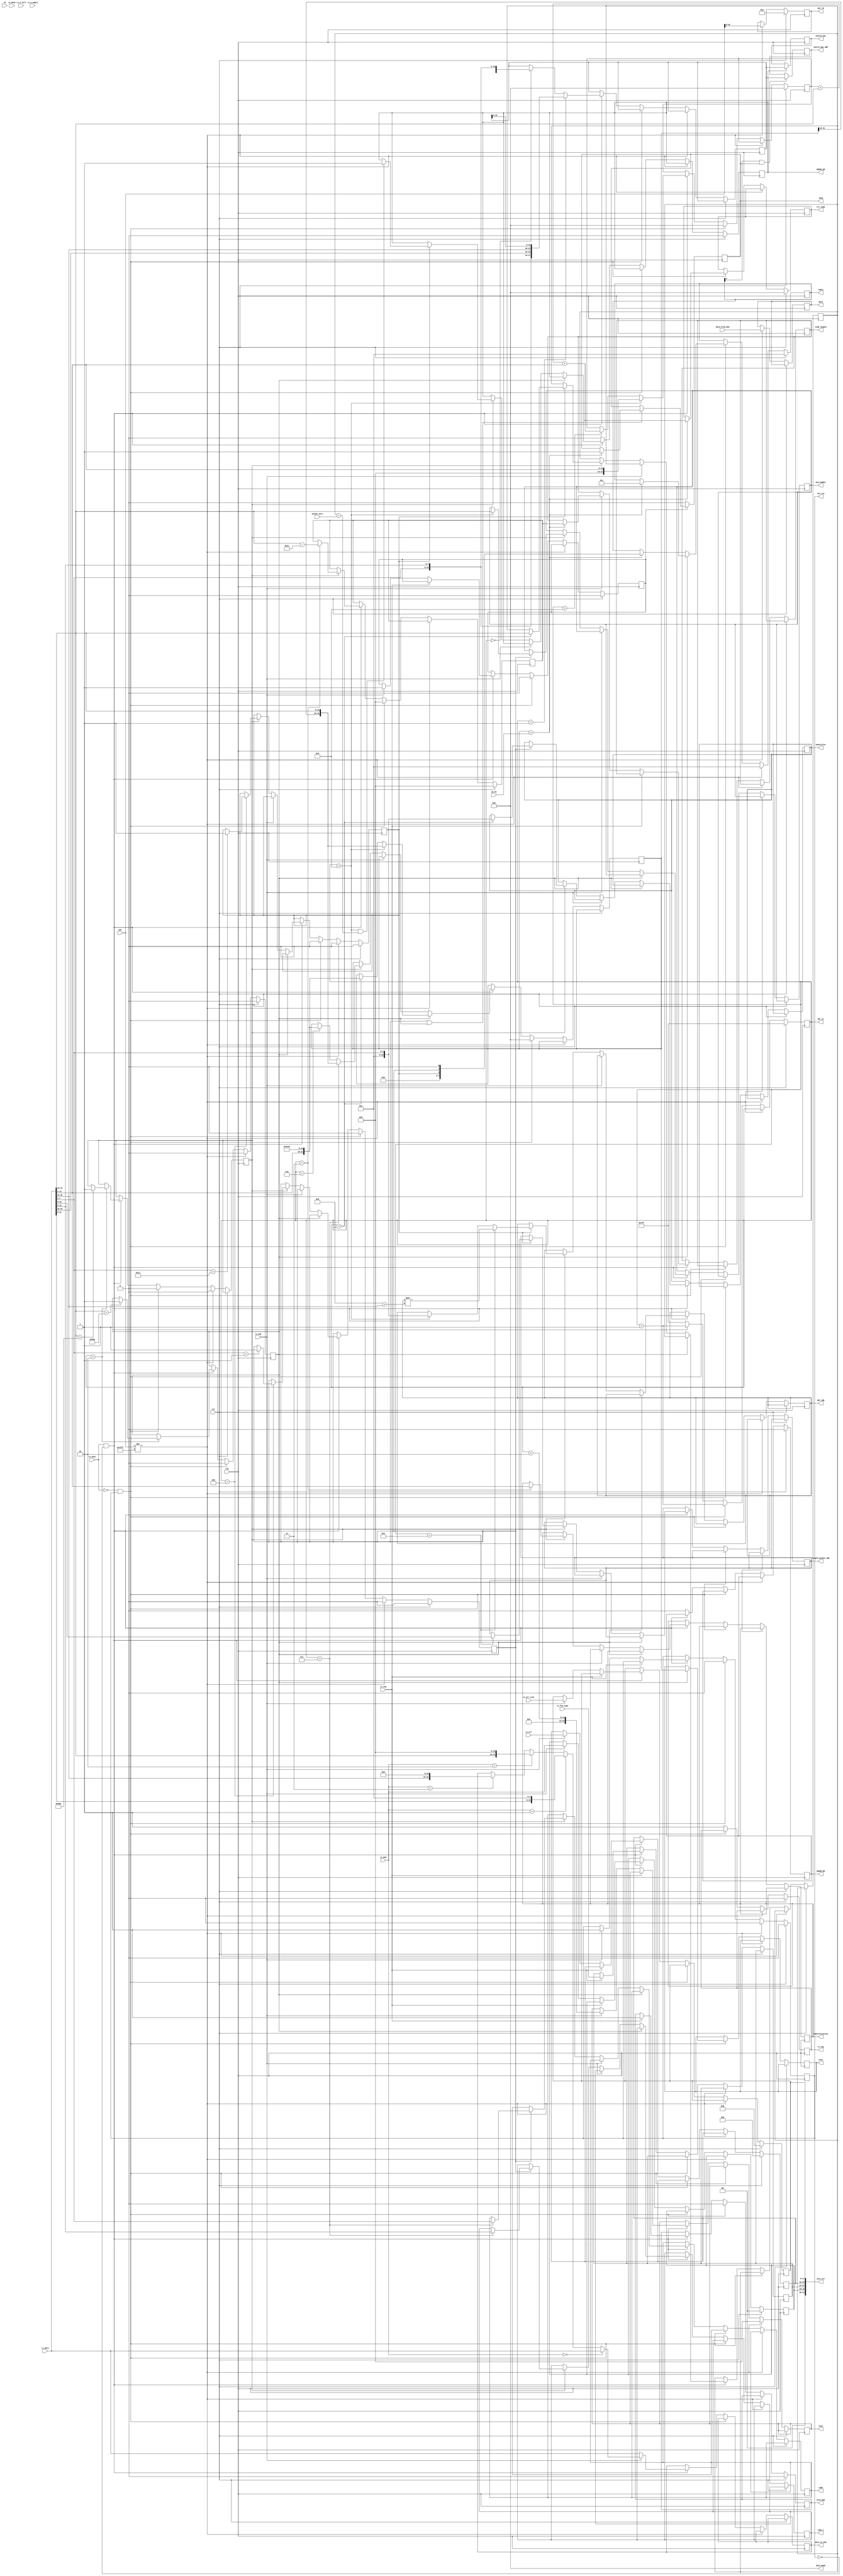
//-----------------------------------------------------------------------------
//
// Title       : udp_reciver
// Design      : list
// Company     : Microsoft
//
//-----------------------------------------------------------------------------
//
// Generated   : Tue Feb 12 16:40:35 2019
// From        : interface description file
// By          : Itf2Vhdl ver. 1.22
//
//-----------------------------------------------------------------------------
//
// Description : 
//
//-----------------------------------------------------------------------------
`timescale 1 ns / 1 ps

//{{ Section below this comment is automatically maintained
//   and may be overwritten
//{module {udp_reciver}}
module udp_reciver ( clk ,rx_data ,rx_sop ,rx_eop ,rx_rdy ,
	rx_dval ,rx_dsav ,rx_err ,rx_err_stat,rx_frm_type ,
	rx_mod ,rx_a_full ,rx_a_empty ,adr ,data ,rd ,rst,adr_wr,adr_rd,int_rsv,data_to_mem,data_from_mem,
	stat_err,wren_mem,size,send,source_mac_ARP,source_mac,test,reply,type_i,code,identifier,seq_number,identification,ip_my,
	adr_udp,length_packet_udp,SDRAM_WR,SDRAM_RD,data_mem2,crc_icmp,icmp_length,socket_port);
 
//------SPI block------------------------
output [15:0] size ;
wire [15:0] size ;

output [31:0] data ;
wire [31:0] data ;

output [31:0] stat_err ; //reg_rx_mod + reg_frm_type + reg_rcv_err + reg_err_stat
wire [31:0] stat_err ;

input [15:0] adr ;
wire [15:0] adr ; 

input rd ;
wire rd ; 

output int_rsv ;
wire int_rsv ; 

//--------------MEM block----------------
output [31:0] data_mem2 ;
wire [31:0] data_mem2 ;

output wren_mem ;
wire wren_mem ;

output [10:0] adr_wr ;
wire [10:0] adr_wr ;

output [10:0] adr_rd ;
wire [10:0] adr_rd ;

output [31:0] data_to_mem ;
wire [31:0] data_to_mem ; 

input [31:0] data_from_mem ;
wire [31:0] data_from_mem ;	 

//--------------------------------------
input  [15:0] socket_port;
wire   [15:0] socket_port;

output [15:0] icmp_length;
output [31:0] crc_icmp;

input [31:0] ip_my;
wire [31:0] ip_my;

output [15:0] identification ;
wire [15:0] identification ;

output [7:0] reply ;
wire [7:0] reply ;

output [7:0] type_i;
wire  [7:0] type_i;

output [7:0] code;
wire  [7:0] code;

output [15:0] identifier;
wire  [15:0] identifier;

output [15:0] seq_number;
wire  [15:0] seq_number;

input clk ;
wire clk ;	

output send ;
wire send ; 

output [47:0] source_mac_ARP ;
wire [47:0] source_mac_ARP ;

output [47:0] source_mac ;
wire [47:0] source_mac ;

output [31:0] test ;
wire [31:0] test ;

output rx_rdy ;	 //to MAC eth
wire rx_rdy ;
input [31:0] rx_data ;
wire [31:0] rx_data ;
input rx_sop ;
wire rx_sop ;
input rx_eop ;
wire rx_eop ; 
input rx_dval ;
wire rx_dval ;
input rx_dsav ;
wire rx_dsav ;
input [5:0] rx_err ;
wire [5:0] rx_err ;
input [17:0] rx_err_stat ;
wire [17:0] rx_err_stat ;
input [1:0] rx_mod ;
wire [1:0] rx_mod ;
input rx_a_full ;
wire rx_a_full ;
input rx_a_empty ;
wire rx_a_empty ; 
input [3:0] rx_frm_type;
wire [3:0] rx_frm_type;

input rst ;
wire rst ;

//---------UDP_control----------
output [15:0] adr_udp;
wire [15:0] adr_udp;

output [15:0] length_packet_udp;
wire [15:0] length_packet_udp;

output   SDRAM_WR;
wire   SDRAM_WR;

output   SDRAM_RD;
wire   SDRAM_RD;

//------------------------------

reg [7:0] reg_reply=0;

reg [15:0] adr_spi_sch=0; 
reg reg_rdy=0; 
reg	[10:0] adr_mem_wr_sch=0;
reg	[10:0] adr_mem_rd_sch=0; 

reg reg_wren_mem=0;
reg [31:0] reg_data_delay=0;
reg [31:0] reg_data_to_mem=0;
reg [31:0] reg_data_from_mem=0;	
reg [ 3:0] reg_frm_type=0;
reg [ 5:0] reg_rcv_err=0;
reg [17:0] reg_err_stat=0;
reg [ 1:0] reg_rx_mod=0;   
reg [15:0] reg_size=0;//  
reg INT_packet_RCV=0; 
reg [15:0] reg_frame_type=0;
reg [47:0] reg_source_mac =0;
reg [47:0] reg_source_mac2=0;
reg [47:0] reg_source_mac3=0;
reg FLAG_arp=0;
reg FLAG_ICMP=0;
reg FLAG_UDP=0;
reg [31:0] reg_test=0;
reg FLAG_UDP_header=0;
reg FLAG_send=0;
reg FLAG_IP_our=0;
reg [31:0] temp_dest_IP=0;
reg [31:0] reg_crc_icmp1=0;
reg [31:0] reg_crc_icmp2=0;

reg [7 :0] reg_type=0;
reg [7 :0] reg_code=0;
reg [15:0] reg_identifier;
reg [15:0] reg_seq_number; 
reg [15:0] reg_identification=0;
reg FLAG_END=0;
reg [15:0] source_port=0;
reg [15:0] destination_port=0;
reg [15:0] udp_length=0;
reg [15:0] udp_checksum=0;
reg [ 7:0] udp_sdram_wr_rd=0;
reg [15:0] udp_sdram_adr=0;
reg [15:0] udp_sdram_length=0;
reg FLAG_UDP_to_MEM=0;
reg FLAG_MEM_to_UDP=0;
reg [31:0] reg_data_mem2=0;
reg [15:0] reg_icmp_length1=0;
reg [15:0] reg_icmp_length2=0;


assign int_rsv    		=INT_packet_RCV;//          
assign wren_mem   		=reg_wren_mem;
assign adr_wr     		=adr_mem_wr_sch;
assign adr_rd     		=adr_mem_rd_sch;
assign data_to_mem 		=reg_data_to_mem;
assign data       		=reg_data_from_mem;
assign stat_err   		={2'b00,reg_rx_mod,reg_frm_type,reg_rcv_err,reg_err_stat};  
assign rx_rdy     		=reg_rdy;	
assign size       		=reg_size;
assign send       		=FLAG_send;
assign source_mac_ARP 	=reg_source_mac2;
assign source_mac 	 	=reg_source_mac3;
assign reply      		=reg_reply;
assign type_i     		=reg_type;
assign code       		=reg_code;
assign identifier 		=reg_identifier;
assign seq_number 		=reg_seq_number;
assign identification 	=reg_identification;
assign test          	=reg_test;

//-----
assign adr_udp=udp_sdram_adr;//      
assign length_packet_udp=udp_sdram_length;//     
assign SDRAM_WR = FLAG_UDP_to_MEM;//             
assign SDRAM_RD = FLAG_MEM_to_UDP;//        UDP (  )
assign data_mem2= reg_data_mem2;//      ,  UDP 
assign crc_icmp=reg_crc_icmp2;
assign icmp_length=reg_icmp_length2;//reg_icmp_length2

always @(posedge clk) if ((reg_reply[0]==1)&&(FLAG_send)) 	reg_source_mac2<=reg_source_mac;//    ARP !!!
always @(posedge clk) if (              FLAG_UDP_to_MEM) 	reg_source_mac3<=reg_source_mac;


always @(posedge clk) 
if (FLAG_END) 
	begin 

//	if (FLAG_UDP|FLAG_ICMP|FLAG_arp) 
	if (         FLAG_ICMP|FLAG_arp) 
		begin
		if (temp_dest_IP==ip_my) FLAG_send<=1;
		end
		
	end	
	else FLAG_send<=0;

always @(posedge clk)
if (rst)
begin	
adr_mem_wr_sch<=11'b11111111111;
adr_mem_rd_sch<=0;
adr_spi_sch<=0;
reg_rdy<=0;
reg_wren_mem<=0;
INT_packet_RCV<=0;
reg_err_stat<=0;
reg_rcv_err<=0;
reg_rx_mod<=0;
FLAG_arp<=0;
FLAG_ICMP<=0;
FLAG_UDP<=0;
reg_reply<=0;
FLAG_END<=0;
FLAG_UDP_to_MEM<=0;
FLAG_MEM_to_UDP<=0;
reg_crc_icmp1<=0;
reg_crc_icmp2<=0;
reg_icmp_length1<=0;
end else
if (adr!=16'hffff)	 //  SPI  
begin
	INT_packet_RCV<=0;
	adr_mem_rd_sch<=adr[10:0]; 
	reg_data_from_mem<=data_from_mem;	   // block_read_spi_mac	
	
	FLAG_UDP_header<=0;
	reg_reply<=0;	
	FLAG_ICMP<=0;
	FLAG_UDP <=0;
	FLAG_arp <=0;
	reg_size <=0;//110419

end else
if ((rx_dval==0)&&(INT_packet_RCV==1)) 
begin

    if (temp_dest_IP==ip_my) reg_crc_icmp2   <=reg_crc_icmp1+rx_data[31:16]+rx_data[15:0];//
	adr_mem_wr_sch<=adr_mem_wr_sch+1;
	reg_wren_mem  <=0;
	INT_packet_RCV<=0;
	FLAG_UDP_header<=0;
	FLAG_ICMP<=0;
	FLAG_UDP <=0;
	FLAG_arp <=0;
	FLAG_END <=0;
	temp_dest_IP<=0;
	reg_crc_icmp1<=0;
	reg_icmp_length1<=0;
//---------------
	if (FLAG_arp) 
	begin
	                              reg_test<=temp_dest_IP;
		 if (temp_dest_IP==ip_my) reg_reply<=8'b00000001;// ARP 
		//reg_reply<=8'b00000001;// ARP 
	end 
	else if (temp_dest_IP==ip_my) reg_reply<={FLAG_UDP,FLAG_ICMP,1'b0};//  

end
else
begin	 //     MAC

    reg_rdy<=1;//   
	
	if ((rx_dval)&&(INT_packet_RCV==0)) //    
	begin	
	
		if (adr_mem_wr_sch==9) reg_crc_icmp1<=rx_data[15:0]; else
		if (adr_mem_wr_sch> 9) reg_crc_icmp1<=reg_crc_icmp1+rx_data[31:16]+rx_data[15:0];								
		
		if (rx_eop==0) 
		begin
		reg_data_to_mem<=rx_data;
		end
		else
		begin
					
			if (rx_mod==0) reg_data_to_mem<=rx_data;else//    	
			if (rx_mod==1) reg_data_to_mem<={rx_data[31: 8], 8'h00   };else
			if (rx_mod==2) reg_data_to_mem<={rx_data[31:16],16'h0000 };else
			if (rx_mod==3) reg_data_to_mem<={rx_data[31:24],24'h00000};
		end
		
		adr_mem_wr_sch<=adr_mem_wr_sch+1;

		if (adr_mem_wr_sch==0) 	reg_source_mac<={32'h00000000,rx_data[7:0],rx_data[15:8]};   // source mac 
		if (adr_mem_wr_sch==1) 	reg_source_mac<={rx_data[7:0],rx_data[15:8],rx_data[23:16],rx_data[31:24],reg_source_mac[15:0]};// source mac 
		if (adr_mem_wr_sch==2)//    32  2 -     
				begin				   
					if (rx_data[31:16]==16'h0806) begin FLAG_arp<=1; end //ARP 
					if (rx_data[31:16]==16'h0800) FLAG_UDP_header<=1;//   UDP
				end 
		if (FLAG_UDP_header) if (adr_mem_wr_sch==3) reg_icmp_length1<=rx_data[31:16]-28;//   
		
		if (FLAG_arp) // ARP   IP
				begin
					if (adr_mem_wr_sch==8) temp_dest_IP<={rx_data[15:0],16'heeee};				
					if (adr_mem_wr_sch==9) temp_dest_IP<={temp_dest_IP[31:16],rx_data[31:16]};
				end 
				else
				begin
					if (rx_eop==0)
						begin
							if (FLAG_UDP_header)
									begin	
										if (adr_mem_wr_sch==3) reg_identification<=rx_data[15:0];

										if (adr_mem_wr_sch==4)//Protocol  UDP
										begin					
											if (rx_data[7:0]== 1) begin FLAG_ICMP<=1;end//ICMP
											if (rx_data[7:0]==17) begin FLAG_UDP <=1;end//UDP
										end
										
										if (adr_mem_wr_sch==6) temp_dest_IP<={rx_data[15:0],16'heeee};				
										if (adr_mem_wr_sch==7) temp_dest_IP<={temp_dest_IP[31:16],rx_data[31:16]};
										
										if (FLAG_UDP)
										begin
											if (adr_mem_wr_sch == 7) source_port     <=rx_data[15: 0];
											if (adr_mem_wr_sch == 8) destination_port<=rx_data[31:16];
											if (adr_mem_wr_sch == 8) udp_length      <=rx_data[15: 0];
											if (adr_mem_wr_sch == 9) udp_checksum    <=rx_data[31:16];
											if (adr_mem_wr_sch == 9) udp_sdram_wr_rd <=rx_data[15: 8];//   ,  /  
											if (adr_mem_wr_sch == 9) udp_sdram_adr   <=rx_data[ 7: 0];
											if (adr_mem_wr_sch ==10) udp_sdram_adr   <=udp_sdram_adr<<8+rx_data[31:24];
											if (adr_mem_wr_sch ==10) udp_sdram_length<=rx_data[23:8];
											//if((udp_sdram_wr_rd==1)&&
											//   (adr_mem_wr_sch ==10)) FLAG_UDP_to_MEM <=1;//   UDP  
											//if((udp_sdram_wr_rd==0)&&
											//   (adr_mem_wr_sch ==10)) FLAG_MEM_to_UDP <=1;//     UDP   
											if((adr_mem_wr_sch  == 9)&&
											   (destination_port==socket_port))	FLAG_UDP_to_MEM <=1;//   UDP       socket 
							//				if (adr_mem_wr_sch  == 9)	FLAG_UDP_to_MEM <=1;//   UDP       socket 
										end

										if (FLAG_ICMP)
										begin
																		
											if (adr_mem_wr_sch==7) reg_type<=rx_data[15:8];
											if (adr_mem_wr_sch==7) reg_code<=rx_data[ 7:0];
											
										//	if (adr_mem_wr_sch==8) reg_crc_icmp1 <=rx_data[31:16];
											if (adr_mem_wr_sch==8) reg_identifier<=rx_data[ 7:0];
											if (adr_mem_wr_sch==9) reg_seq_number<=rx_data[31:16];
										end
									end
						end
				end
			
		if (rx_sop)// 
			begin			  
			   reg_wren_mem<=1;				//   
			   reg_frm_type<=rx_frm_type;	// : VLAN frames, broadcast,multicast,unicast
			end else  		
		if (rx_eop) // 
			begin
			    if (temp_dest_IP==ip_my) reg_icmp_length2<=reg_icmp_length1;
			   
				FLAG_END<=1;
				reg_size<=adr_mem_wr_sch+2;//+1
			//	reg_wren_mem  <=0;
				INT_packet_RCV<=1; 
				reg_err_stat  <=rx_err_stat;//  ,    
				reg_rcv_err   <=rx_err; 
				reg_rx_mod    <=rx_mod;//       00 -  
			end 
					
	end	else  
		begin 
		adr_mem_wr_sch<=11'b11111111111;
		FLAG_UDP_to_MEM<=0;
		FLAG_MEM_to_UDP<=0;
		end
end

endmodule